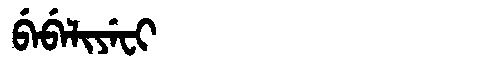
Manchu: ᠪᡝᠪᡝᠯᡳᠶᡝᠸᡳ
Romanization: BEBELIYEFI